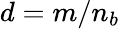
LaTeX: d=m/n_{b}